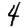
Digit: 4